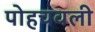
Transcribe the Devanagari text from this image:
पोहचवली